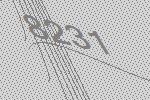
8231